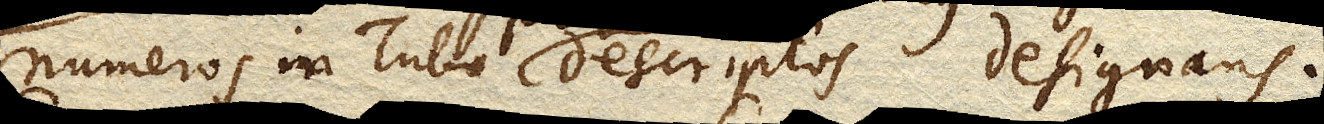
numeros in Tubo descriptos designans.